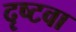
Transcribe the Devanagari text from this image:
दृष्टवा